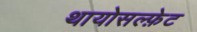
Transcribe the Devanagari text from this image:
थायोसल्फ़ेट